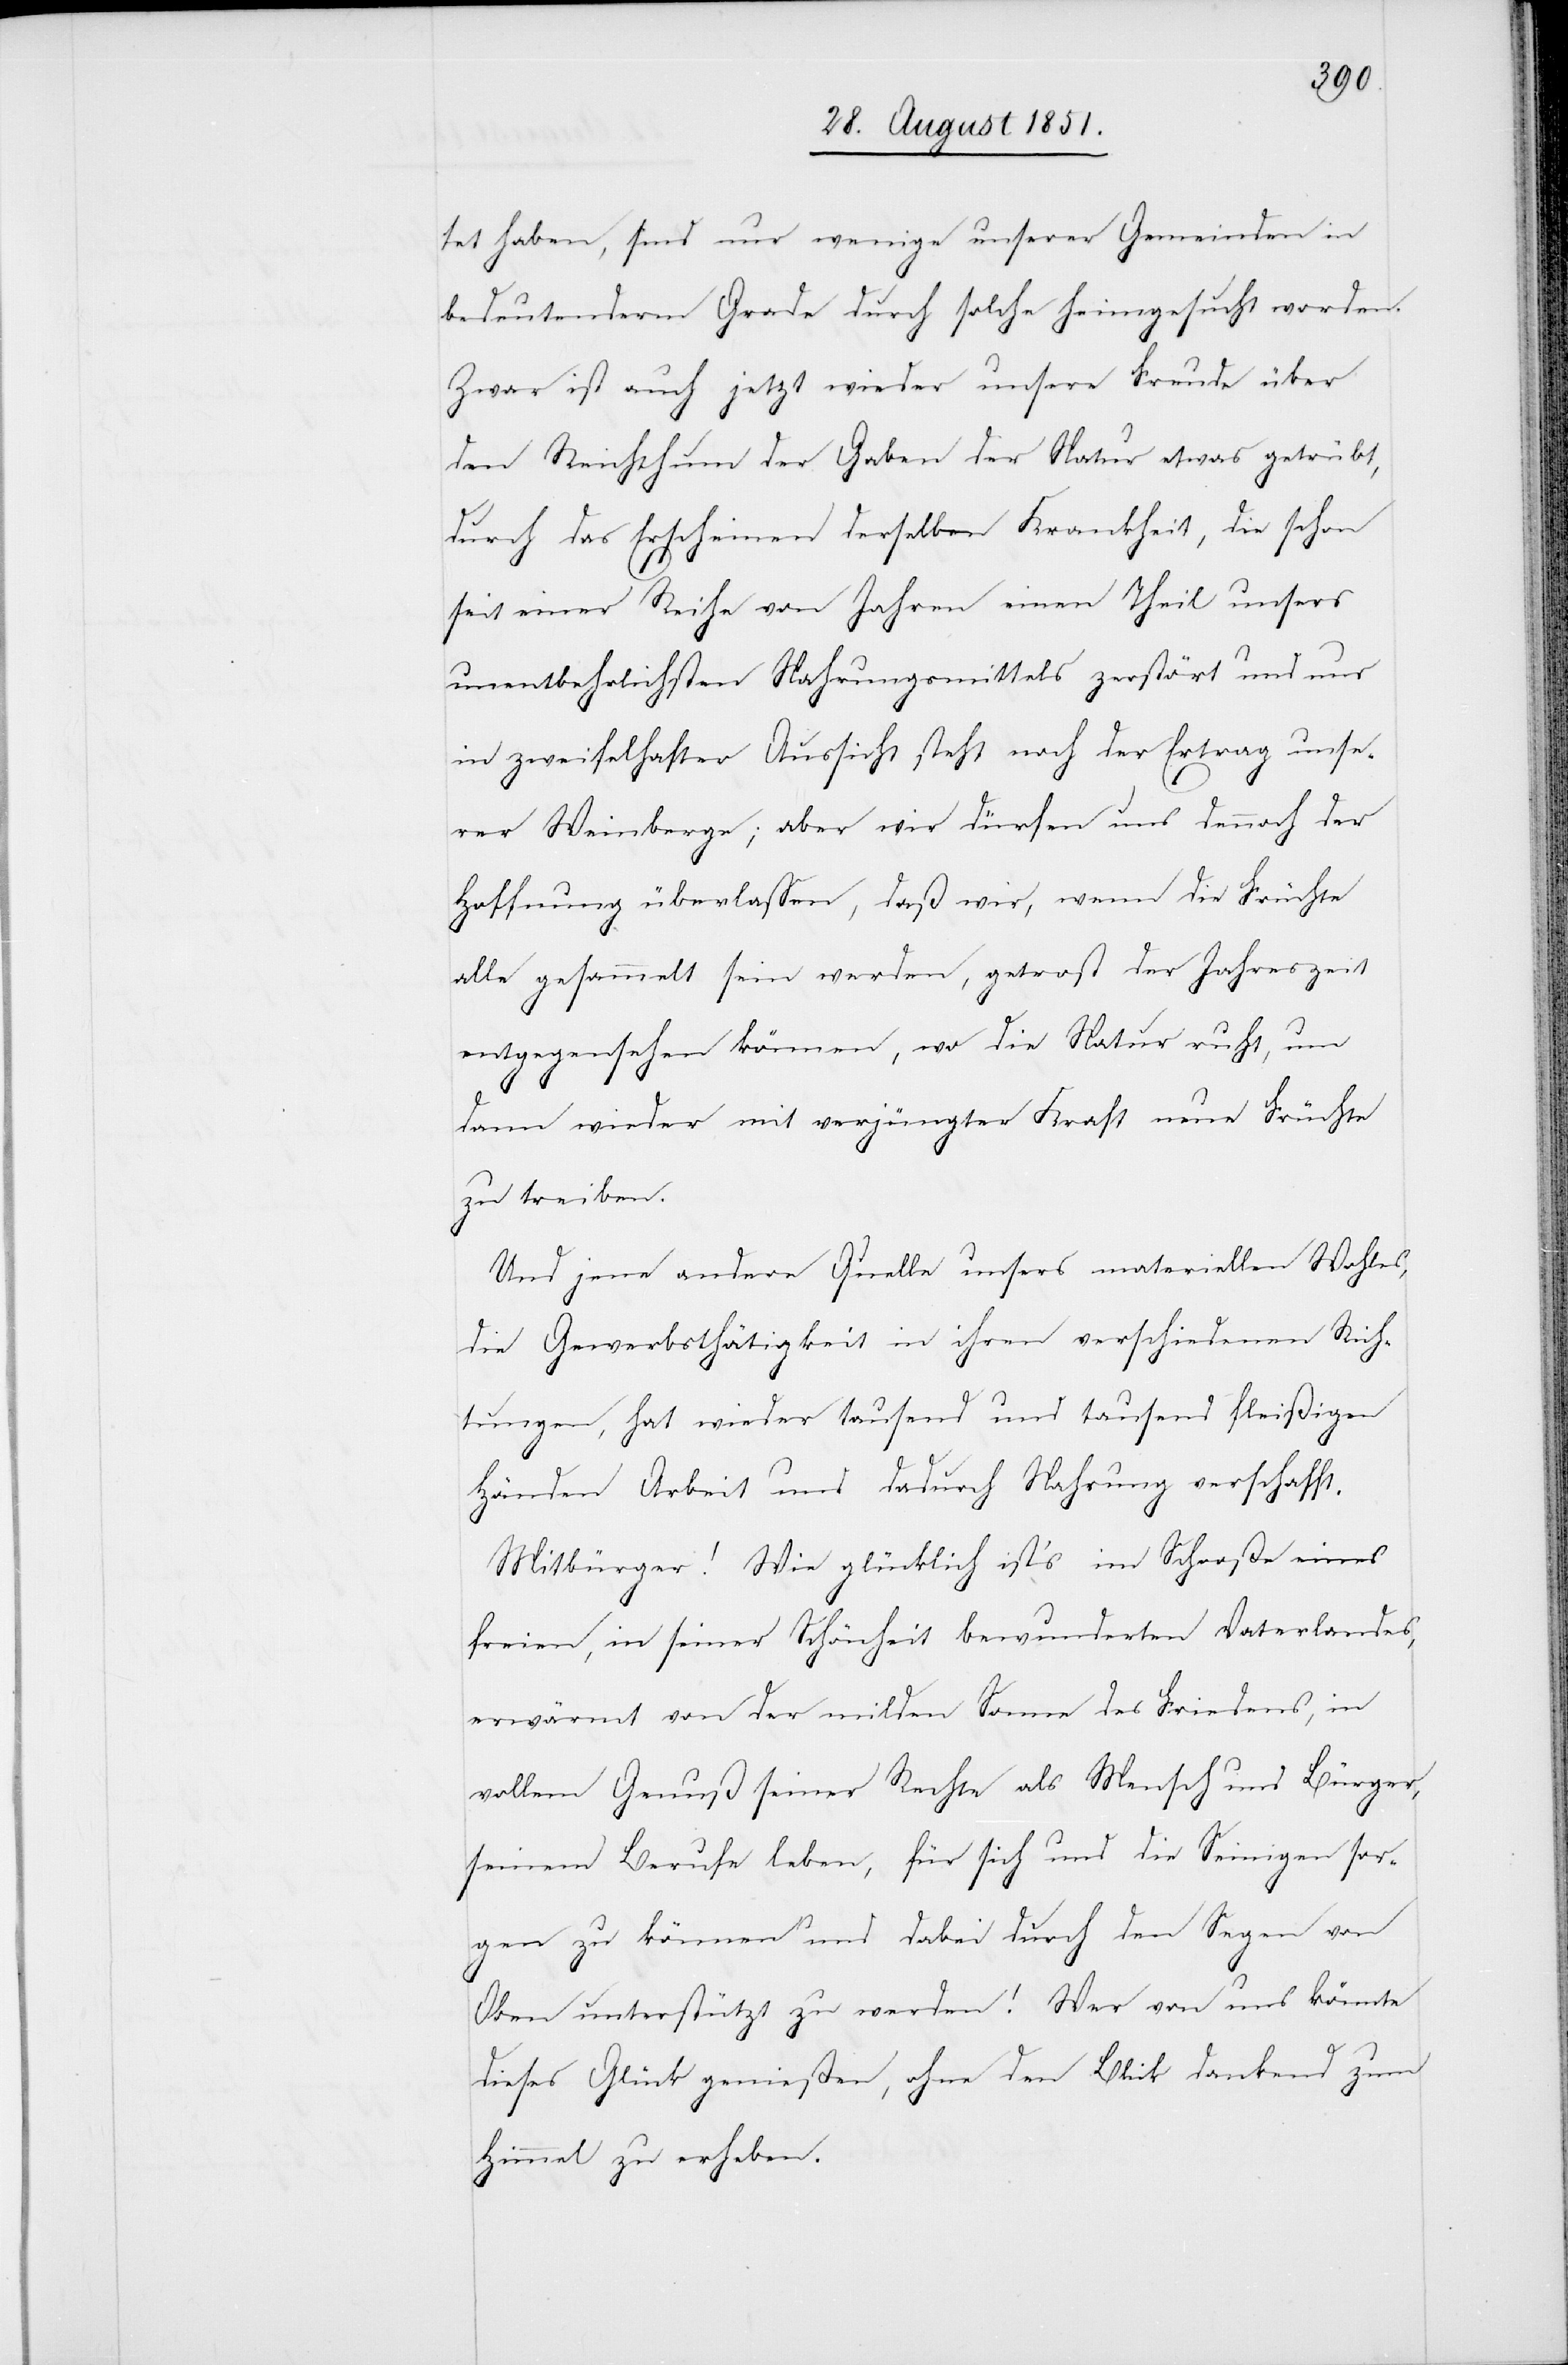
tet haben, sind nur wenige unserer Gemeinden in
bedeutenderm Grade durch solche heimgesucht worden.
Zwar ist auch jetzt wieder unsere Freude über
den Reichthum der Gaben der Natur etwas getrübt,
durch das Erscheinen derselben Krankheit, die schon
seit einer Reihe von Jahren einen Theil unsers
unentbehrlichsten Nahrungsmittels zerstört und nur
in zweifelhafter Aussicht steht noch der Ertrag unse¬
rer Weinberge; aber wir dürfen uns dennoch der
Hoffnung überlassen, daß wir, wenn die Früchte
alle gesammelt sein werden, getrost der Jahreszeit
entgegensehen können, wo die Natur ruht, um
dann wieder mit verjüngter Kraft neue Früchte
zu treiben.
Und jene andere Quelle unsers materiellen Wohles,
die Gewerbsthätigkeit in ihren verschiedenen Rich¬
tungen, hat wieder tausend und tausend fleißigen
Händen Arbeit und dadurch Nahrung verschafft.
Mitbürger! Wie glücklich ist’s im Schooße eines
freien, in seiner Schönheit bewunderten Vaterlandes,
erwärmt von der milden Sonne des Friedens, in
vollem Genuß seiner Rechte als Mensch und Bürger,
seinem Berufe leben, für sich und die Seinigen sor¬
gen zu können und dabei durch den Segen von
Oben unterstützt zu werden! Wer von uns könnte
dieses Glück genießen, ohne den Blick dankend zum
Himmel zu erheben.